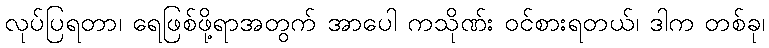
လုပ်ပြရတာ၊ ရေဖြစ်ဖို့ရာအတွက် အာပေါ ကသိုဏ်း ဝင်စားရတယ်၊ ဒါက တစ်ခု၊